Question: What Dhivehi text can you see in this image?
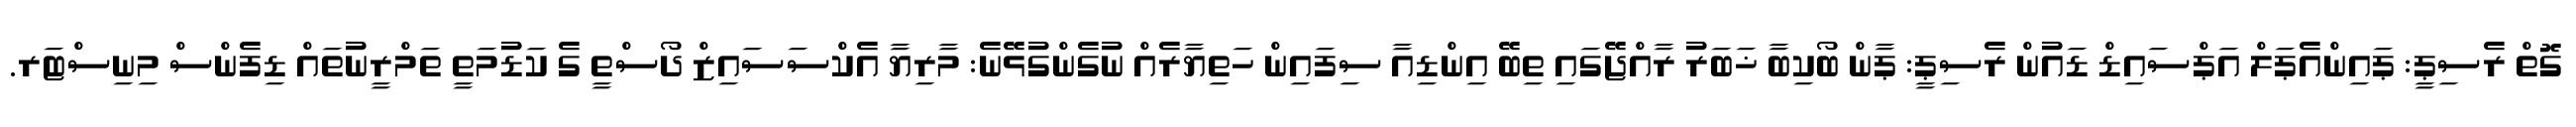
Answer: ގޮތް ރެސިޕީ: ޕައިންއެޕަލް އަޕްސައިޑް ޑައުން ރެސިޕީ: ޕާން ބޯކިބާ ޚަބަރު ރާއްޖޭގައި ތިބޭ އިންޑިއާ ސިފައިން ހަތިޔާރެއް ނުގެންގުޅޭނެ: މާރިޔާ އެކްސަސައިޒް ދޯސްތީ ގެ ކަޑުމަތީ ތަމްރީނުތައް ޑިފެންސް މިނިސްޓަރ.